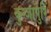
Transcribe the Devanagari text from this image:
कुन्जापुरि